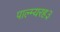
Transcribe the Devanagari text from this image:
पाल्म्यरह३